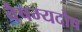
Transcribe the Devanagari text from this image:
वैषम्यदोष